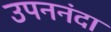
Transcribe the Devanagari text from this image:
उपननंदा